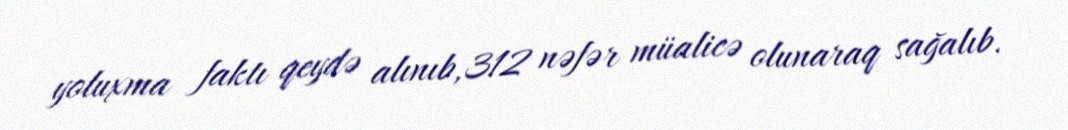
yoluxma faktı qeydə alınıb, 312 nəfər müalicə olunaraq sağalıb.